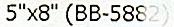
5"X8" (BB-5882)